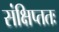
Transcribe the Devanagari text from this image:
संक्षिप्ततः